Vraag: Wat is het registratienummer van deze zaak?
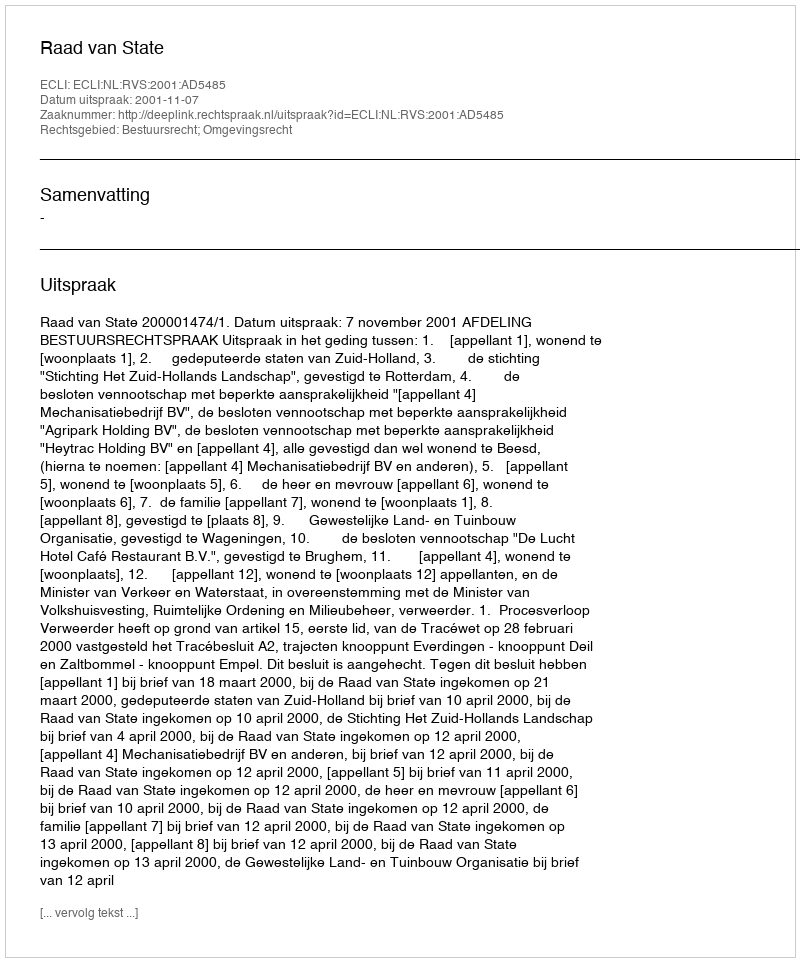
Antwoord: http://deeplink.rechtspraak.nl/uitspraak?id=ECLI:NL:RVS:2001:AD5485